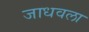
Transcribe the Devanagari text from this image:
जाधवला